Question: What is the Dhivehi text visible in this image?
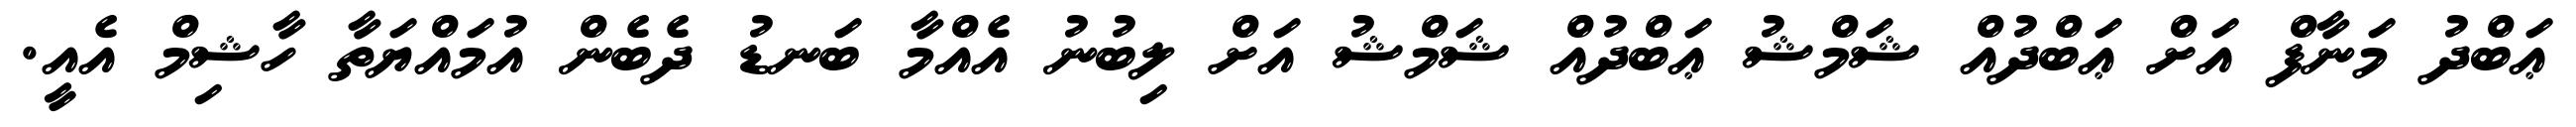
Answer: ޢަބްދު މަނާފް އަށް ޢަބްދުއް ޝަމްޝު ޢަބްދުއް ޝަމްޝު އަށް ލިބުނު އެއްމާ ބަނޑު ދެބެން އުމައްޔަތާ ހާޝިމް އެއީ.